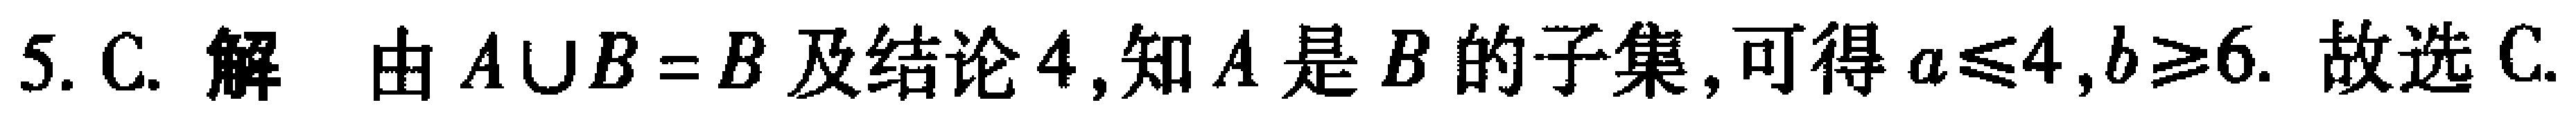
5. C. 解 由 \(A\cup B = B\) 及结论4,知 \(A\) 是 \(B\) 的子集,可得 \(a\leqslant4,b\geqslant6\). 故选C.